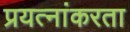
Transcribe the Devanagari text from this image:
प्रयत्नांकरता